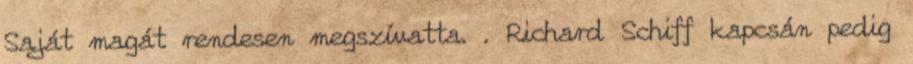
Saját magát rendesen megszívatta. . Richard Schiff kapcsán pedig